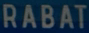
RABAT